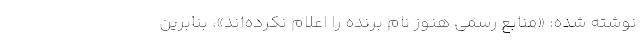
نوشته شده: «منابع رسمی هنوز نام برنده را اعلام نکرده‌اند»، بنابرین